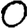
Digit: 0